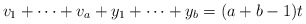
\begin{align*}v_1+\cdots+v_a+y_1+\cdots+y_b=(a+b-1)t\end{align*}